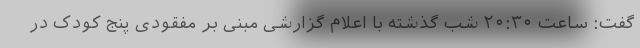
گفت: ساعت ۲۰:۳۰ شب گذشته با اعلام گزارشی مبنی بر مفقودی پنج کودک در